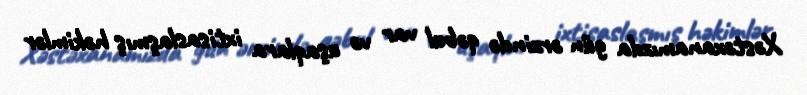
Xəstəxanamızda gün ərzində qəbul var və uşaqlara ixtisaslaşmış həkimlər